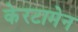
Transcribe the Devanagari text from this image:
केरटामेन